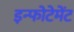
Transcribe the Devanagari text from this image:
इन्फोटेमेंट